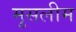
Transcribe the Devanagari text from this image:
मुसलीम